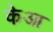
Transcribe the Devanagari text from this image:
केआ